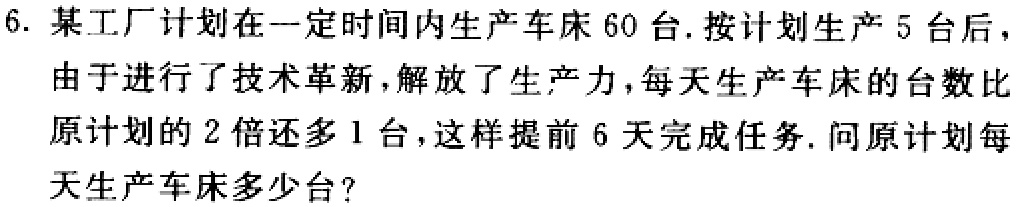
6. 某工厂计划在一定时间内生产车床 60 台. 按计划生产 5 台后，由于进行了技术革新，解放了生产力，每天生产车床的台数比原计划的 2 倍还多 1 台，这样提前 6 天完成任务. 问原计划每天生产车床多少台？